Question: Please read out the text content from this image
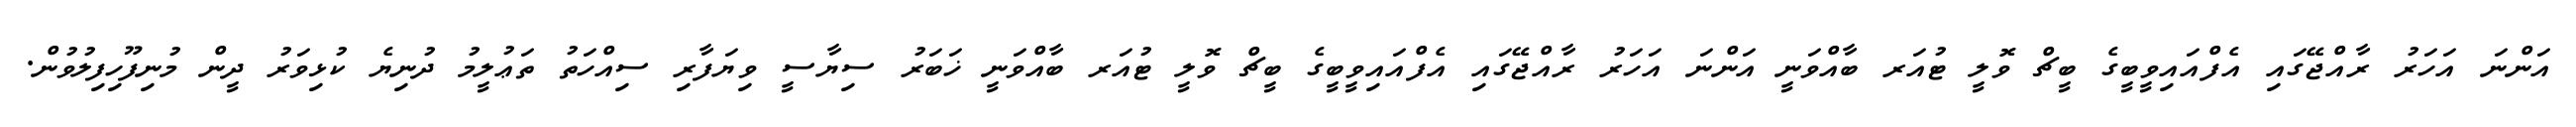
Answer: އަންނަ އަހަރު ރާއްޖޭގައި އެފްއައިވީބީގެ ބީޗް ވޮލީ ޓުއަރ ބާއްވަނީ އަންނަ އަހަރު ރާއްޖޭގައި އެފްއައިވީބީގެ ބީޗް ވޮލީ ޓުއަރ ބާއްވަނީ ޚަބަރު ސިޔާސީ ވިޔަފާރި ސިއްހަތު ތަޢުލީމު ދުނިޔެ ކުޅިވަރު ދީން މުނިފޫހިފިލުވުން.